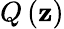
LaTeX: Q\left(\mathbf{z}\right)